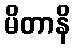
မိတာနိ